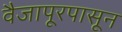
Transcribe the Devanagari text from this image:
वैजापूरपासून